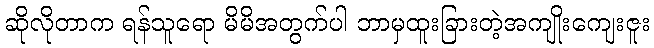
ဆိုလိုတာက ရန်သူရော မိမိအတွက်ပါ ဘာမှထူးခြားတဲ့အကျိုးကျေးဇူး